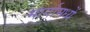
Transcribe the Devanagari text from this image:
मार्गामध्यें